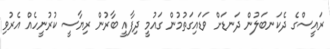
ރައީސްގެ ދެކަނބަލުން ދަނޑަށް ވަޑައިގަތުމުން ގައުމީ ދިފާއީ ބާރުން ރިޔާސީ ކުރުނީހެއް އެރުވި